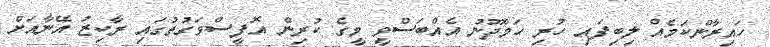
ހައިރާންކަމެއް ލިބިފައި ހުރި ހަމްދޫނު އެއްބަސްވީ މީގެ ކުރިން އޮފީސްވަގުތުގައި ރާކިޒު އޭނާއަށް